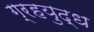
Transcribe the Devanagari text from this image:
ग्रहयुद्ध